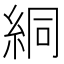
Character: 絧